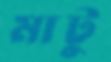
মাটু